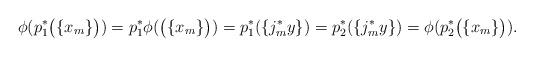
LaTeX: \begin{align*}\phi(p^{*}_1 \bigl( \{x_m \} \bigr)) = p^{*}_1 \phi(\bigl( \{ x_m \} \bigr)) = p^{*}_1( \{j^{*}_my\})=p^{*}_2( \{ j^{*}_my \})= \phi(p^{*}_2 \bigl( \{ x_m \} \bigr)).\end{align*}